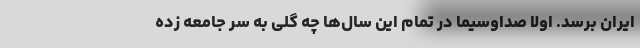
ایران برسد. اولا صداوسیما در تمام این سال‌ها چه گلی به سر جامعه زده